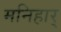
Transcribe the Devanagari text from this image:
मनिहार्